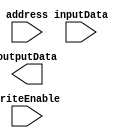
module MemoryBlocksDRAM (
    input wire [7:0] address,
    input wire writeEnable,
    input wire [7:0] inputData,
    output wire [7:0] outputData
);

// Memory Array
reg [7:0] memoryArray [0:255];

// Row Decoder
reg [7:0] selectedRow;
always @ (address)
    selectedRow = address[7:0];

// Column Decoder
reg [7:0] selectedColumn;
always @ (address)
    selectedColumn = address[7:0];

// Sense Amplifiers
reg [7:0] senseAmplifiedData;
always @ (posedge clock)
    senseAmplifiedData = memoryArray[selectedRow][selectedColumn];

// Write Circuitry
always @ (posedge clock)
    if(writeEnable)
        memoryArray[selectedRow][selectedColumn] = inputData;

// Control Logic
// Not specified, specific control logic implementation can be added here

endmodule